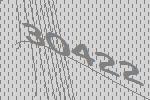
30422